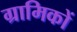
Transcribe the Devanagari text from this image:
ग्रामिकों